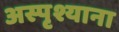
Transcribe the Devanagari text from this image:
अस्पृश्याना